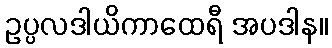
ဥပ္ပလဒါယိကာထေရီ အပဒါန။